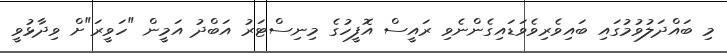
މި ބައްދަލުވުމުގައި ބައިވެރިވެވަޑައިގެންނެވި ރައީސް އޮފީހުގެ މިނިސްޓަރު އަބްދު އަމީން "ހަވީރަ"ށް ވިދާޅުވީ